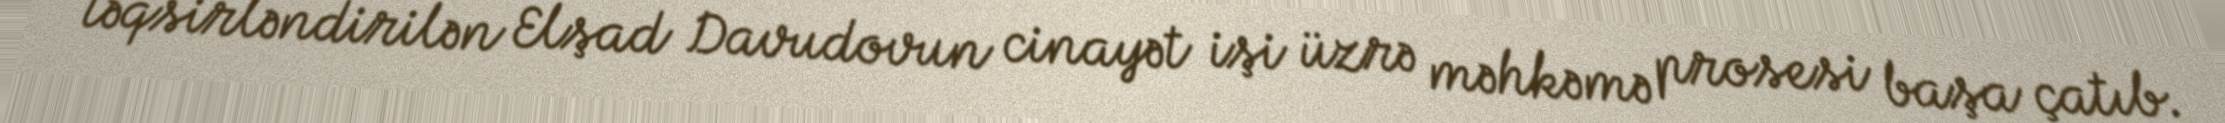
təqsirləndirilən Elşad Davudovun cinayət işi üzrə məhkəmə prosesi başa çatıb.